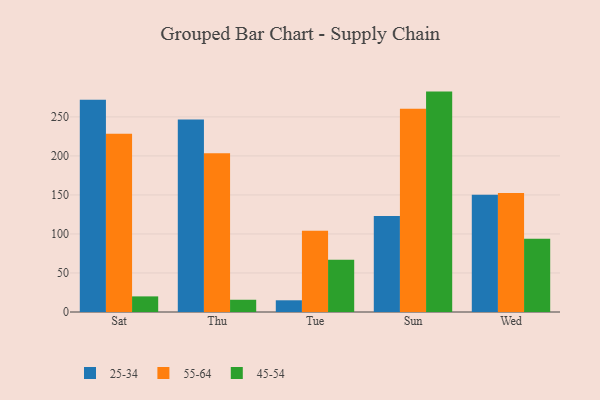
{"axis": {"x": "Day", "y": "Revenue (USD Million)"}, "legend": ["25-34", "45-54", "55-64"], "data": [{"x": "Sat", "y": 272.0, "type": "25-34"}, {"x": "Sat", "y": 228.5, "type": "55-64"}, {"x": "Sat", "y": 20.0, "type": "45-54"}, {"x": "Thu", "y": 246.5, "type": "25-34"}, {"x": "Thu", "y": 203.5, "type": "55-64"}, {"x": "Thu", "y": 15.7, "type": "45-54"}, {"x": "Tue", "y": 15.0, "type": "25-34"}, {"x": "Tue", "y": 104.1, "type": "55-64"}, {"x": "Tue", "y": 67.1, "type": "45-54"}, {"x": "Sun", "y": 123.1, "type": "25-34"}, {"x": "Sun", "y": 260.5, "type": "55-64"}, {"x": "Sun", "y": 282.4, "type": "45-54"}, {"x": "Wed", "y": 150.1, "type": "25-34"}, {"x": "Wed", "y": 152.5, "type": "55-64"}, {"x": "Wed", "y": 93.7, "type": "45-54"}]}